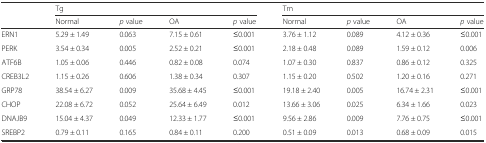
|  | <COLSPAN=4> Tg | <COLSPAN=4> Tm |
 |  | Normal | p value | OA | p value | Normal | p value | OA | p value |
 | --- | --- | --- | --- | --- | --- | --- | --- | --- |
 | ERN1 | 5.29 ± 1.49 | 0.063 | 7.15 ± 0.61 | ≤0.001 | 3.76 ± 1.12 | 0.089 | 4.12 ± 0.36 | ≤0.001 |
 | PERK | 3.54 ± 0.34 | 0.005 | 2.52 ± 0.21 | ≤0.001 | 2.18 ± 0.48 | 0.089 | 1.59 ± 0.12 | 0.006 |
 | ATF6B | 1.05 ± 0.06 | 0.446 | 0.82 ± 0.08 | 0.074 | 1.07 ± 0.30 | 0.837 | 0.86 ± 0.12 | 0.325 |
 | CREB3L2 | 1.15 ± 0.26 | 0.606 | 1.38 ± 0.34 | 0.307 | 1.15 ± 0.20 | 0.502 | 1.20 ± 0.16 | 0.271 |
 | GRP78 | 38.54 ± 6.27 | 0.009 | 35.68 ± 4.45 | ≤0.001 | 19.18 ± 2.40 | 0.005 | 16.74 ± 2.31 | ≤0.001 |
 | CHOP | 22.08 ± 6.72 | 0.052 | 25.64 ± 6.49 | 0.012 | 13.66 ± 3.06 | 0.025 | 6.34 ± 1.66 | 0.023 |
 | DNAJB9 | 15.04 ± 4.37 | 0.049 | 12.33 ± 1.77 | ≤0.001 | 9.56 ± 2.86 | 0.009 | 7.76 ± 0.75 | ≤0.001 |
 | SREBP2 | 0.79 ± 0.11 | 0.165 | 0.84 ± 0.11 | 0.200 | 0.51 ± 0.09 | 0.013 | 0.68 ± 0.09 | 0.015 |